Vaccination in Bombay 1913-1923 - 1913-1923
Year: 1913
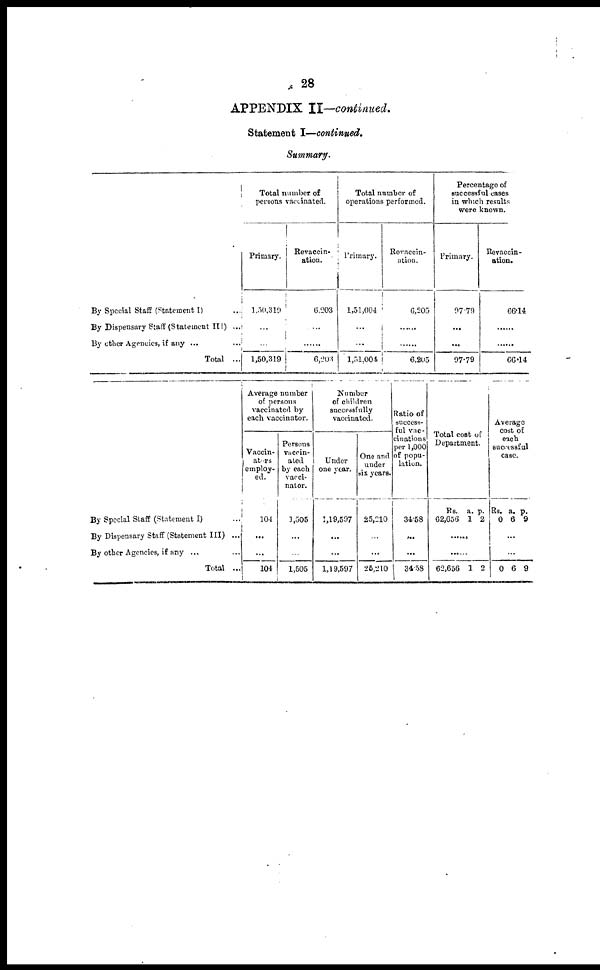
28
APPENDIX II—continued.
Statement I—continued.
Summary.
By Special Staff (Statement I) ...
By Dispensary Staff (Statement III) ...
By other Agencies, if any ... ...
Total ...
Total number of
persons vaccinated.
Primary.
1,50,319
...
...
1,50,319
Revaccin¬
ation.
6,203
...
......
6,203
Total number of
operations performed.
Primary.
1,51,004
...
...
1,51,004
Revaccin¬
ation.
6,205
...
......
6,205
Percentage of
successful cases
in which results
were known.
Primary.
97.79
...
...
97.79
Revaccin¬
ation.
66.14
......
......
66.14
By Special Staff (Statement I) ...
By Dispensary Staff (Statement III) ...
By other Agencies, if any ... ...
Total ...
Average number
of persons
vaccinated by
each vaccinator.
Vaccin¬
ators
employ-
ed.
104
...
...
104
Persons
vaccin¬
ated
by each
vacci-
nator.
1,505
...
...
1,505
Number
of children
successfully
vaccinated.
Under
one year.
1,19,597
...
...
1,19,597
One and
under
six years.
25,210
...
...
25,210
Ratio of
success-
ful vac¬
cinations
per 1,000
of popu-
lation.
34,58
...
...
34.58
Total cost of
Department.
Rs.
62,656
a.
1
p.
2
...
...
62,656 1 2
Average
cost of
each
successful
case.
Rs.
0
a.
6
p.
9
...
...
0 6 9